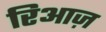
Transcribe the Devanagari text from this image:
रिआज़